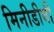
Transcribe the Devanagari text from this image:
मिनीडीवी